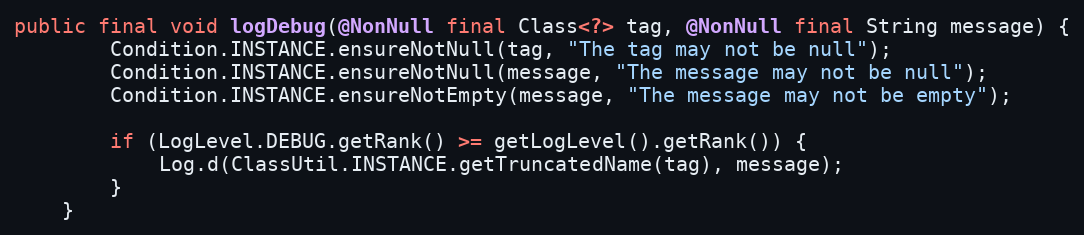
Language: Java
public final void logDebug(@NonNull final Class<?> tag, @NonNull final String message) {
        Condition.INSTANCE.ensureNotNull(tag, "The tag may not be null");
        Condition.INSTANCE.ensureNotNull(message, "The message may not be null");
        Condition.INSTANCE.ensureNotEmpty(message, "The message may not be empty");

        if (LogLevel.DEBUG.getRank() >= getLogLevel().getRank()) {
            Log.d(ClassUtil.INSTANCE.getTruncatedName(tag), message);
        }
    }